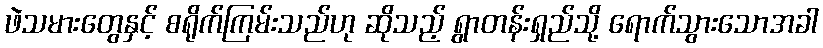
ဖဲသမားတွေနှင့် စရိုက်ကြမ်းသည်ဟု ဆိုသည့် ရွာတန်းရှည်သို့ ရောက်သွားသောအခါ